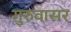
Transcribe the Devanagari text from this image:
गुरुवासर